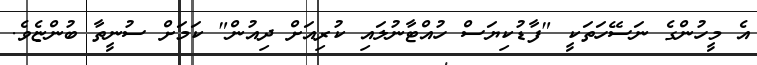
އެ މީހުންގެ ނަސޭހަތަކީ "ފާޑުކިޔަސް ހުއްޓާނުލައި ކުރިއަށް ދިއުން" ކަމަށް ސުނީތާ ބުންޏެވެ.